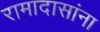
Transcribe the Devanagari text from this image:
रामादासांना